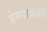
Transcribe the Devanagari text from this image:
प्रेमपात्रांशी